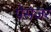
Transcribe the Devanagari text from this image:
पेसंजर